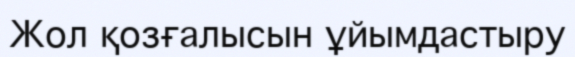
Жол қозғалысын ұйымдастыру